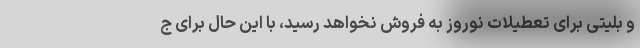
و بلیتی برای تعطیلات نوروز به فروش نخواهد رسید، با این حال برای ج